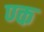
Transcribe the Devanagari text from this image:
ण्क